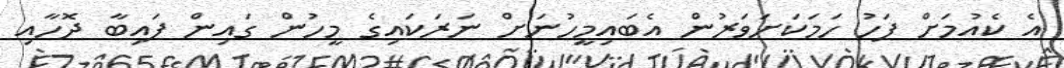
އެ ކެއުމަށް ފަހު ހަމަކަށަވަރުން އެބައިމީހުނަށް ނަރަކައިގެ މީހުން ގައިން ފައިބާ ދޮހާއި